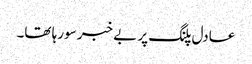
عادل پلنگ پر بے خبر سورہا تھا۔